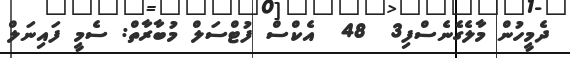
ދެމީހުން މާލެގެނެސްފި3  48  އެކްސް ފުޓްސަލް މުބާރާތް: ސެމީ ފައިނަލް